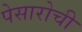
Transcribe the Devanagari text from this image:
पेसारोची